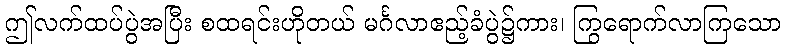
ဤလက်ထပ်ပွဲအပြီး စထရင်းဟိုတယ် မင်္ဂလာဧည့်ခံပွဲ၌ကား၊ ကြွရောက်လာကြသော